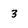
Character: 3